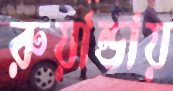
রুয়ান্ডায়